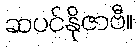
ဆပင်နိုဇာဗီ။